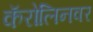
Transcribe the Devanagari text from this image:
कॅरोलिनवर